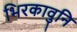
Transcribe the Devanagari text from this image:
भिरकावुनि